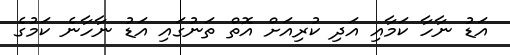
އަޑު ނާހާ ކަމާއި އަދި ކުރިއަށް އޮތް ތަނުގައި އަޑު ނާހާނެ ކަމުގެ